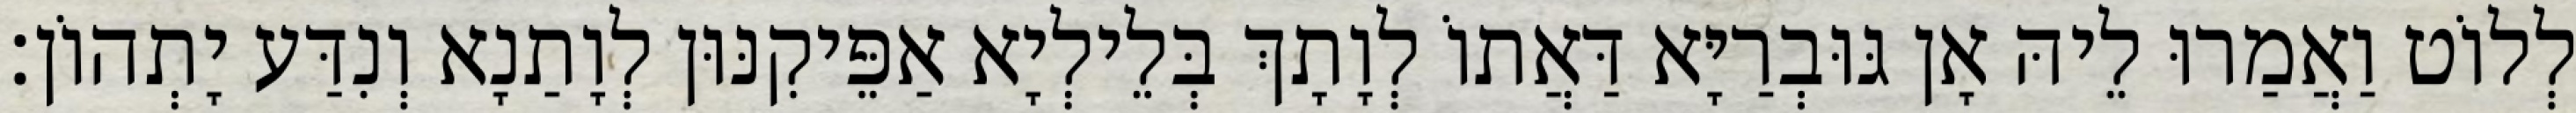
לְלוֹט וַאֲמַרוּ לֵיהּ אָן גּוּבְרַיָּא דַּאֲתוֹ לְוָתָךְ בְּלֵילְיָא אַפֵּיקִנּוּן לְוָתַנָא וְנִדַּע יָתְהוֹן׃